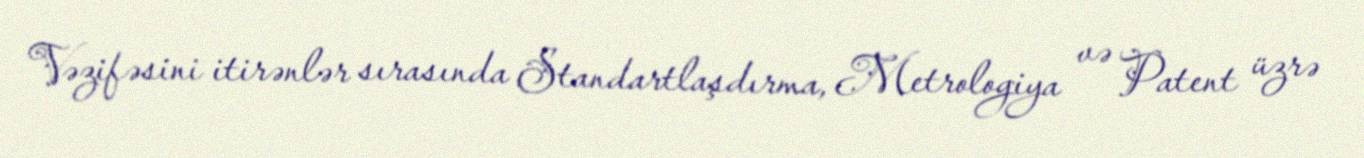
Vəzifəsini itirənlər sırasında Standartlaşdırma, Metrologiya və Patent üzrə